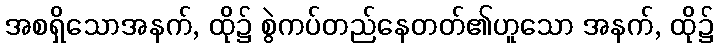
အစရှိသောအနက်, ထို၌ စွဲကပ်တည်နေတတ်၏ဟူသော အနက်, ထို၌